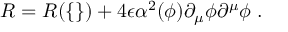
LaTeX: R = R ( \{ \} ) + 4 \epsilon \alpha ^ { 2 } ( \phi ) \partial _ { \mu } \phi \partial ^ { \mu } \phi \; .